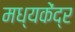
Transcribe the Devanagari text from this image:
मध्यकेंद्र